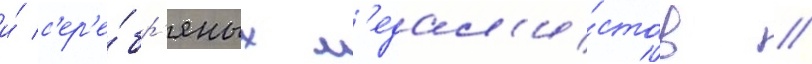
и́ с'ер'е́бр'яных м'едал'и́стов //